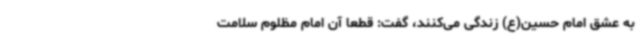
به عشق امام حسین(ع) زندگی می‌کنند، گفت: قطعا آن امام مظلوم سلامت